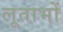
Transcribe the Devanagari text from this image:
लूताभों